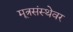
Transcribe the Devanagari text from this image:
मूत्रसंस्थेवर